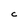
Character: C